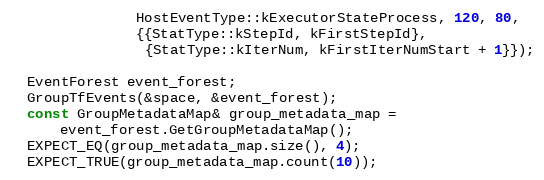
Language: C++
               HostEventType::kExecutorStateProcess, 120, 80,
               {{StatType::kStepId, kFirstStepId},
                {StatType::kIterNum, kFirstIterNumStart + 1}});

  EventForest event_forest;
  GroupTfEvents(&space, &event_forest);
  const GroupMetadataMap& group_metadata_map =
      event_forest.GetGroupMetadataMap();
  EXPECT_EQ(group_metadata_map.size(), 4);
  EXPECT_TRUE(group_metadata_map.count(10));